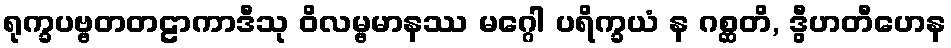
ရုက္ခပဗ္ဗတတဠာကာဒီသု ဝိလမ္ဗမာနဿ မဂ္ဂေါ ပရိက္ခယံ န ဂစ္ဆတိ, ဒွီဟတီဟေန